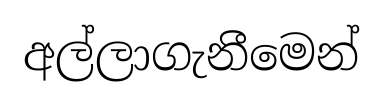
අල්ලාගැනීමෙන්